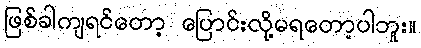
ဖြစ်ခါကျရင်တော့ ပြောင်းလို့မရတော့ပါဘူး။